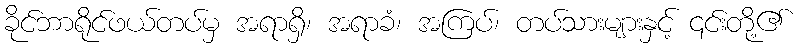
ခိုင်ဘာရိုင်ဖယ်တပ်မှ အရာရှိ၊ အရာခံ၊ အကြပ်၊ တပ်သားများနှင့် ၎င်းတို့၏